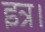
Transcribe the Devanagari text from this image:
इत्र।